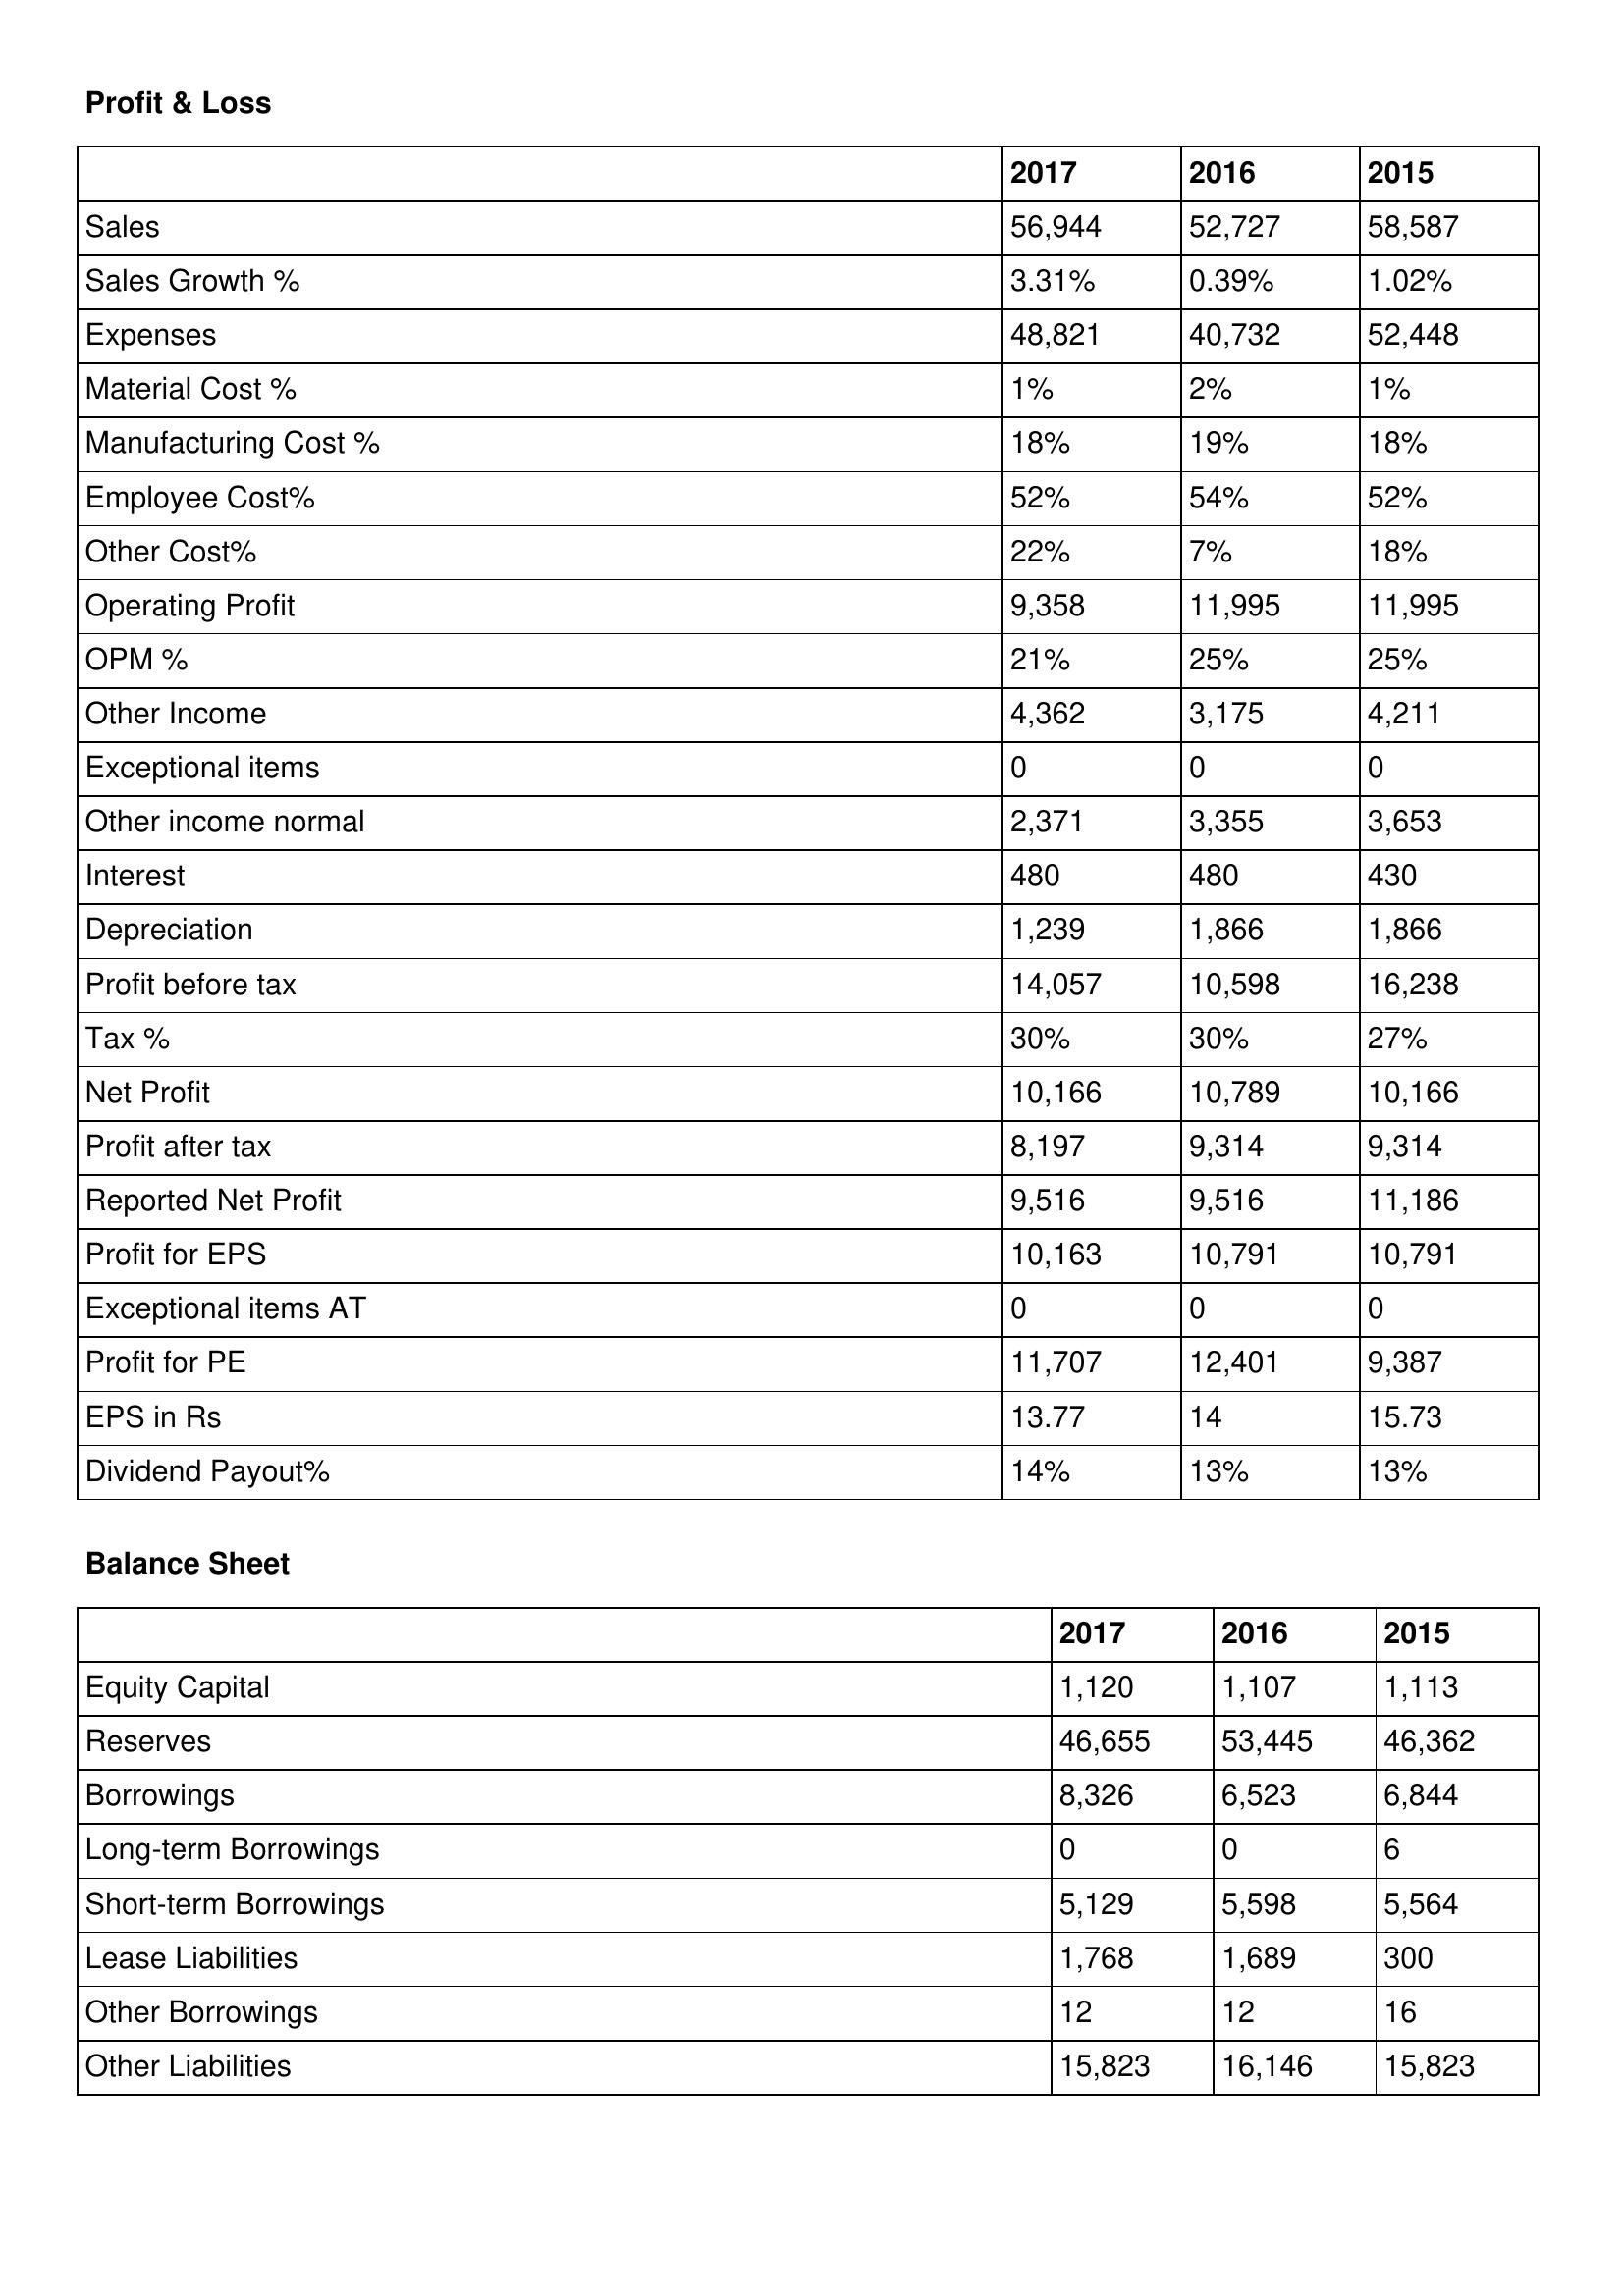
gt_parse: 2017: Profit & Loss: Sales: 56,944
Sales Growth %: 3.31%
Expenses: 48,821
Material Cost %: 1%
Manufacturing Cost %: 18%
Employee Cost%: 52%
Other Cost%: 22%
Operating Profit: 9,358
OPM %: 21%
Other Income: 4,362
Exceptional items: 0
Other income normal: 2,371
Interest: 480
Depreciation: 1,239
Profit before tax: 14,057
Tax %: 30%
Net Profit: 10,166
Profit after tax: 8,197
Reported Net Profit: 9,516
Profit for EPS: 10,163
Exceptional items AT: 0
Profit for PE: 11,707
EPS in Rs: 13.77
Dividend Payout%: 14%
Balance Sheet: Equity Capital: 1,120
Reserves: 46,655
Borrowings: 8,326
Long-term Borrowings: 0
Short-term Borrowings: 5,129
Lease Liabilities: 1,768
Other Borrowings: 12
Other Liabilities: 15,823
2016: Profit & Loss: Sales: 52,727
Sales Growth %: 0.39%
Expenses: 40,732
Material Cost %: 2%
Manufacturing Cost %: 19%
Employee Cost%: 54%
Other Cost%: 7%
Operating Profit: 11,995
OPM %: 25%
Other Income: 3,175
Exceptional items: 0
Other income normal: 3,355
Interest: 480
Depreciation: 1,866
Profit before tax: 10,598
Tax %: 30%
Net Profit: 10,789
Profit after tax: 9,314
Reported Net Profit: 9,516
Profit for EPS: 10,791
Exceptional items AT: 0
Profit for PE: 12,401
EPS in Rs: 14
Dividend Payout%: 13%
Balance Sheet: Equity Capital: 1,107
Reserves: 53,445
Borrowings: 6,523
Long-term Borrowings: 0
Short-term Borrowings: 5,598
Lease Liabilities: 1,689
Other Borrowings: 12
Other Liabilities: 16,146
2015: Profit & Loss: Sales: 58,587
Sales Growth %: 1.02%
Expenses: 52,448
Material Cost %: 1%
Manufacturing Cost %: 18%
Employee Cost%: 52%
Other Cost%: 18%
Operating Profit: 11,995
OPM %: 25%
Other Income: 4,211
Exceptional items: 0
Other income normal: 3,653
Interest: 430
Depreciation: 1,866
Profit before tax: 16,238
Tax %: 27%
Net Profit: 10,166
Profit after tax: 9,314
Reported Net Profit: 11,186
Profit for EPS: 10,791
Exceptional items AT: 0
Profit for PE: 9,387
EPS in Rs: 15.73
Dividend Payout%: 13%
Balance Sheet: Equity Capital: 1,113
Reserves: 46,362
Borrowings: 6,844
Long-term Borrowings: 6
Short-term Borrowings: 5,564
Lease Liabilities: 300
Other Borrowings: 16
Other Liabilities: 15,823